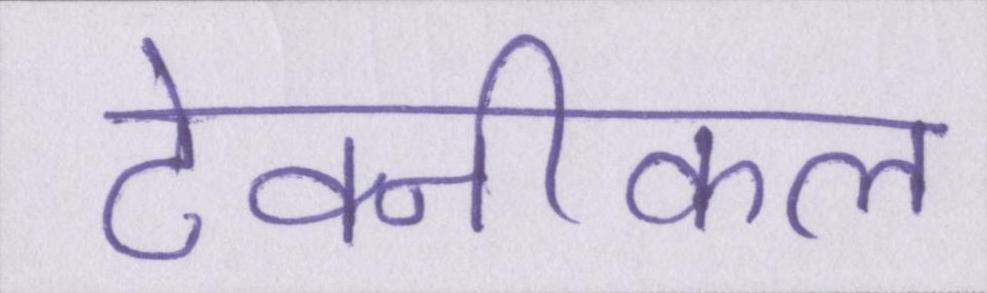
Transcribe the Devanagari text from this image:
टेक्नीकल